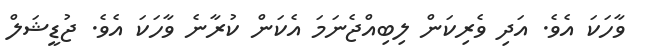
ވާހަކަ އެވެ. އަދި ވެރިކަން ލިބިއްޖެނަމަ އެކަން ކުރާނެ ވާހަކަ އެވެ. ޖުޑީޝަލް